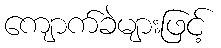
ကျောက်ခဲများဖြင့်